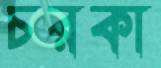
চরকা